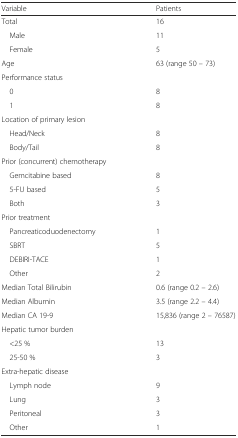
<table><thead><tr><td><b>Variable</b></td><td><b>Patients</b></td></tr></thead><tbody><tr><td>Total</td><td>16</td></tr><tr><td> Male</td><td>11</td></tr><tr><td> Female</td><td>5</td></tr><tr><td>Age</td><td>63 (range 50 – 73)</td></tr><tr><td>Performance status</td><td></td></tr><tr><td> 0</td><td>8</td></tr><tr><td> 1</td><td>8</td></tr><tr><td>Location of primary lesion</td><td></td></tr><tr><td> Head/Neck</td><td>8</td></tr><tr><td> Body/Tail</td><td>8</td></tr><tr><td>Prior (concurrent) chemotherapy</td><td></td></tr><tr><td> Gemcitabine based</td><td>8</td></tr><tr><td> 5-FU based</td><td>5</td></tr><tr><td> Both</td><td>3</td></tr><tr><td>Prior treatment</td><td></td></tr><tr><td> Pancreaticoduodenectomy</td><td>1</td></tr><tr><td> SBRT</td><td>5</td></tr><tr><td> DEBIRI-TACE</td><td>1</td></tr><tr><td> Other</td><td>2</td></tr><tr><td>Median Total Bilirubin</td><td>0.6 (range 0.2 – 2.6)</td></tr><tr><td>Median Albumin</td><td>3.5 (range 2.2 – 4.4)</td></tr><tr><td>Median CA 19-9</td><td>15,836 (range 2 – 76587)</td></tr><tr><td>Hepatic tumor burden</td><td></td></tr><tr><td> &lt;25 %</td><td>13</td></tr><tr><td> 25-50 %</td><td>3</td></tr><tr><td>Extra-hepatic disease</td><td></td></tr><tr><td> Lymph node</td><td>9</td></tr><tr><td> Lung</td><td>3</td></tr><tr><td> Peritoneal</td><td>3</td></tr><tr><td> Other</td><td>1</td></tr></tbody></table>